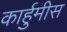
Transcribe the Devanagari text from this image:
कार्हुमीस